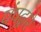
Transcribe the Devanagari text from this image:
पंपद्वारे